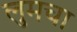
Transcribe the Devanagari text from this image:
लुमचा